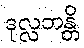
ဒုလ္လဘန္တိ